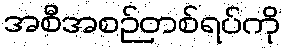
အစီအစဉ်တစ်ရပ်ကို